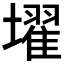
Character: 𡒔